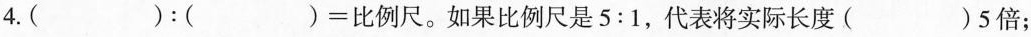
4.( )：( )=比例尺。如果比例尺是5:1，代表将实际长度( )5倍；